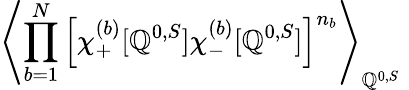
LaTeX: \left\langle\prod_{b=1}^{N}\left[\chi_{+}^{(b)}[\mathbb{Q}^{0,S}]\chi_{-}^{(b)}[\mathbb{Q}^{0,S}]\right]^{n_{b}}\right\rangle_{\mathbb{Q}^{0,S}}\;